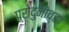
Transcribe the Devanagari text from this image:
प्रोदुनोव्हा